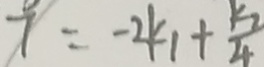
7 = - 2 k _ { 1 } + \frac { k _ { 2 } } { 4 }